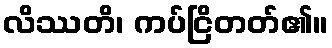
လိဿတိ၊ ကပ်ငြိတတ်၏။